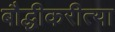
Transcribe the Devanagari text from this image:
बौद्धीकरीत्या